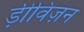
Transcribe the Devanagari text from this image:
ड़ीविज़न